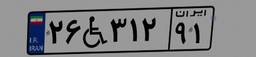
۳۷W۷۷۱۸۶